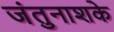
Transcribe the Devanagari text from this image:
जंतुनाशके